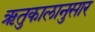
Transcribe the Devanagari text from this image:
ऋतुकालानुसार